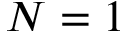
N = 1